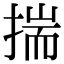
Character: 揣